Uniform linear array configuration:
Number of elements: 8
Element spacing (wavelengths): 0.75
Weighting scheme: blackman
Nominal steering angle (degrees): -45
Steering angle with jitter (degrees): -43.945
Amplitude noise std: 0.05
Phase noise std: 0.05

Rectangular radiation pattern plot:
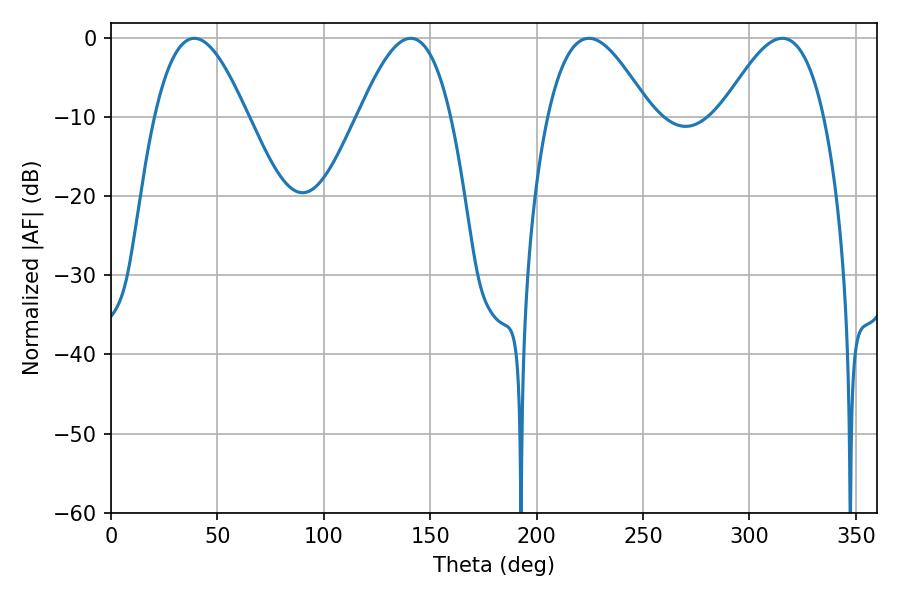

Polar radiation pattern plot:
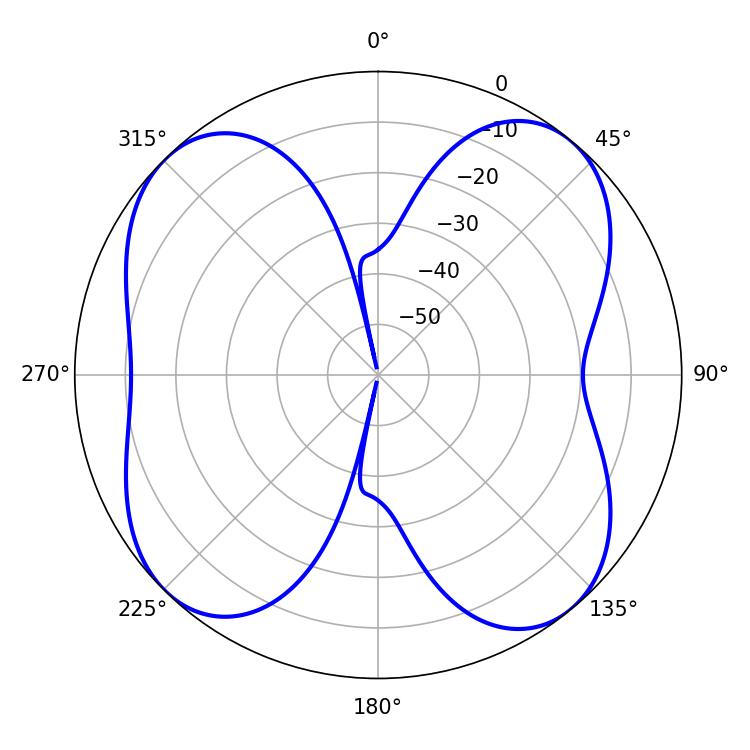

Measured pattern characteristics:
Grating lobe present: TRUE
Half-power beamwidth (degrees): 26.1
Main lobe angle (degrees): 224.64